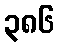
၃၈၆